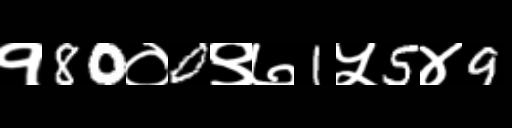
Text: १80०0९७1५5४9